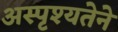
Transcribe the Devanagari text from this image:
अस्पृश्यतेने